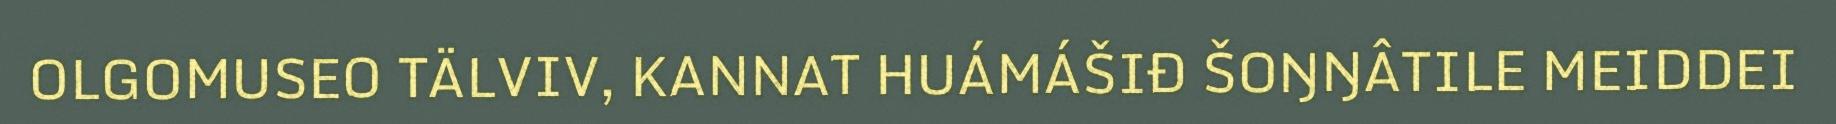
OLGOMUSEO TÄLVIV, KANNAT HUÁMÁŠIĐ ŠOŊŊÂTILE MEIDDEI